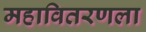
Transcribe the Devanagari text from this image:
महावितरणला